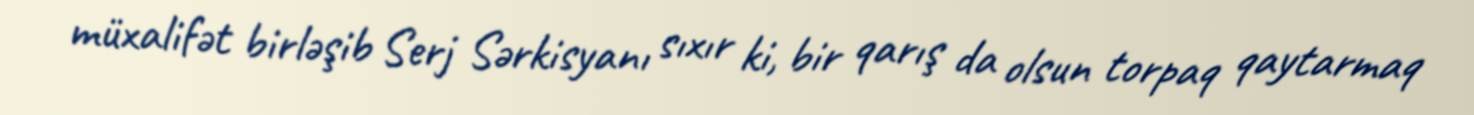
müxalifət birləşib Serj Sərkisyanı sıxır ki, bir qarış da olsun torpaq qaytarmaq